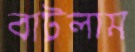
বাটলাম